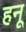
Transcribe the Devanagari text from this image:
हनू